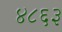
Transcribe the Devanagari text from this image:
४८६३